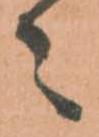
々